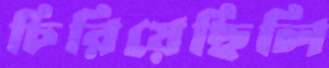
চিরিয়েছিলি